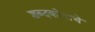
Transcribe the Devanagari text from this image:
शब्दकोषाचे